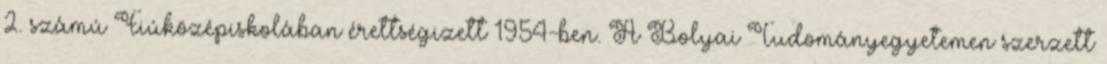
2. számú Fiúközépiskolában érettségizett 1954-ben. A Bolyai Tudományegyetemen szerzett